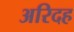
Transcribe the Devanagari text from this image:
अरिदह